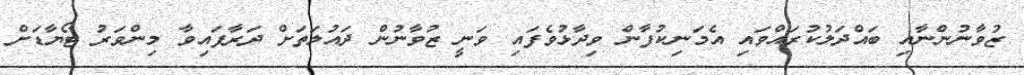
ޒުވާނުންނާއި ބައްދަލުކުރައްވައި އެމަނިކުފާން ވިދާޅުވެފައި ވަނީ ޒުވާނުން ދައުލަތަށް ދަރާފައިވާ މިންވަރު ޓޯޔާޑަށް